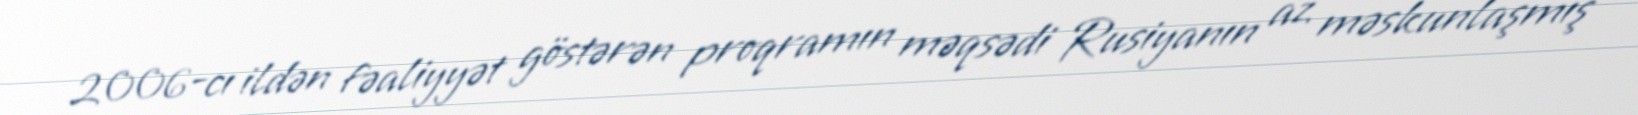
2006-cı ildən fəaliyyət göstərən proqramın məqsədi Rusiyanın az məskunlaşmış